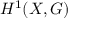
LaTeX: H ^ { 1 } ( X , G )